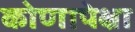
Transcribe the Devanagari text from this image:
कोणापेक्षा